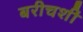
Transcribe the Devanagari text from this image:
बरीचशीं